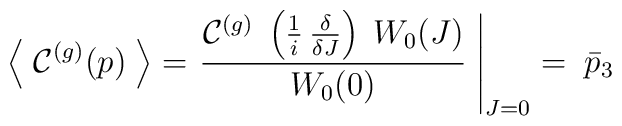
\left\langle\; \mathcal{C}^{(g)} (p)\; \right\rangle = \left. \frac{\mathcal{C}^{(g)} \; \left( \frac{1}{i}\, \frac{\delta}{\delta J} \right) \; W_0 (J)}{W_0 (0)} \; \right\vert_{J=0} = \; \bar{p}_3